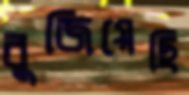
বুজিয়েছি